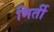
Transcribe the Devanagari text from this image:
मिर्ती